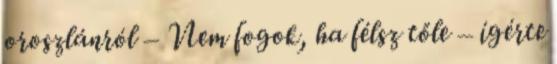
oroszlánról – Nem fogok, ha félsz tőle – ígérte